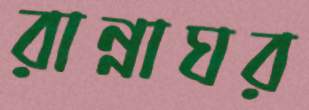
রান্নাঘর